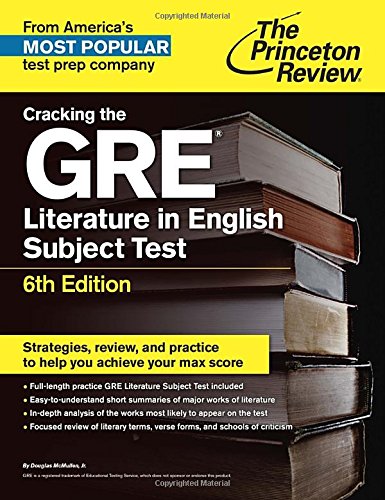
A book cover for Cracking the GRE Literature in English Subject Test, 6th Edition (Graduate School Test Preparation); Princeton Review; Test Preparation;